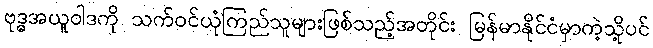
ဗုဒ္ဓအယူဝါဒကို သက်ဝင်ယုံကြည်သူများဖြစ်သည့်အတိုင်း မြန်မာနိုင်ငံမှာကဲ့သို့ပင်